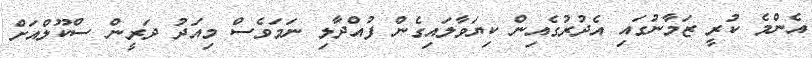
އެންމެ ކުރީ ޒަމާނުގައި އެދުރުގެއިން ކިޔަވާލައިގެން ފުއްދާލި ނަމަވެސް މިއަދު ދަރީން ސްކޫލްއަށް